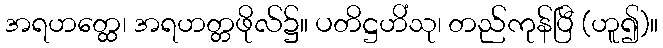
အရဟတ္ထေ၊ အရဟတ္တဖိုလ်၌။ ပတိဋ္ဌဟိံသု၊ တည်ကုန်ပြီ (ဟူ၍)။